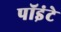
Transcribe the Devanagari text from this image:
पॉइंटे